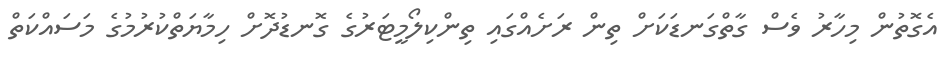
އެގޮތުން މިހާރު ވެސް ގާތްގަނޑަކަށް ތިން ރަށެއްގައި ތިންކިލޯމީޓަރުގެ ގޮނޑުދޮށް ހިމާޔަތްކުރުމުގެ މަސައްކަތް